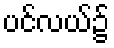
ပင်လယ်၌